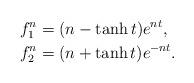
LaTeX: \begin{align*}f^n_1 &= (n-\tanh{t})e^{nt},\\f^n_2 &= (n+\tanh{t})e^{-nt}.\end{align*}